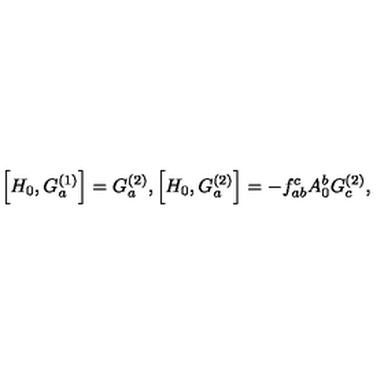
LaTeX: \left[ H _ { 0 } , G _ { a } ^ { ( 1 ) } \right] = G _ { a } ^ { ( 2 ) } , \left[ H _ { 0 } , G _ { a } ^ { ( 2 ) } \right] = - f _ { a b } ^ { c } A _ { 0 } ^ { b } G _ { c } ^ { ( 2 ) } ,